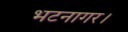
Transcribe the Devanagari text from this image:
भटनागर।